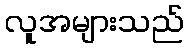
လူအများသည်